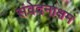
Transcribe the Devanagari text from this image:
संवेदनाक्षम